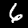
Digit: 6